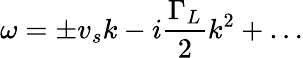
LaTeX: \omega=\pm v_{s}k-i\frac{\Gamma_{L}}{2}k^{2}+\dots